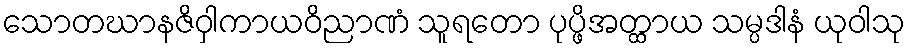
သောတဃာနဇိဝှါကာယဝိညာဏံ သူရတော ပုပ္ဖိအတ္ထာယ သမ္ပဒါနံ ယုဝါသု